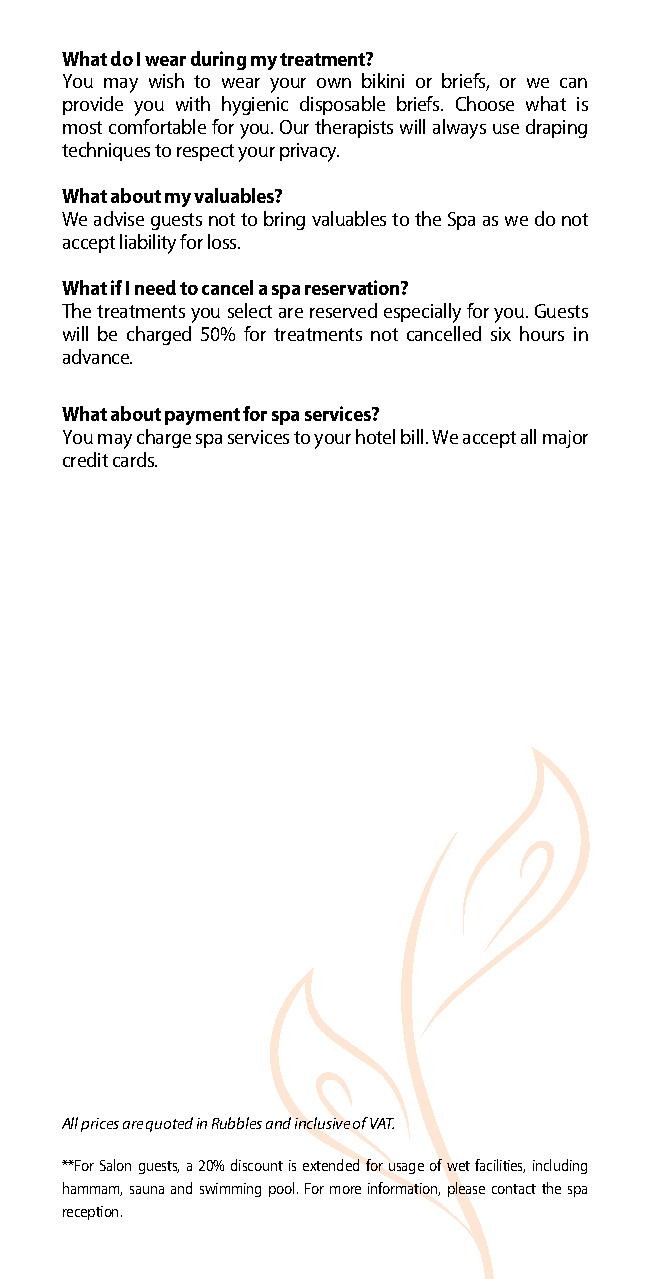
What do I wear during my treatment?
 You may wish to wear your own bikini or briefs, or we can
 provide you with hygienic disposable briefs. Choose what is
 most comfortable for you. Our therapists will always use draping
 techniques to respect your privacy.
 What about my valuables?
 We advise guests not to bring valuables to the Spa as we do not
 accept liability for loss.
 What if I need to cancel a spa reservation?
 The treatments you select are reserved especially for you. Guests
 will be charged 50% for treatments not cancelled six hours in
 advance.
 What about payment for spa services?
 You may charge spa services to your hotel bill. We accept all major
 credit cards.
 All prices are quoted in Rubbles and inclusive of VAT.
 **For Salon guests, a 20% discount is extended for usage of wet facilities, including
 hammam, sauna and swimming pool. For more information, please contact the spa
 reception.